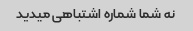
نه شما شماره اشتباهی میدید